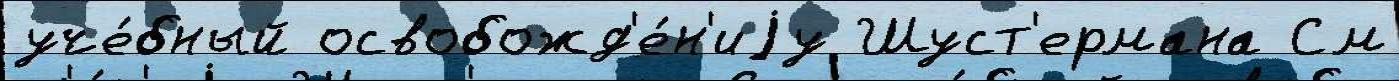
уче́бный освобожд'е́н'иjу Шуст'ермана См